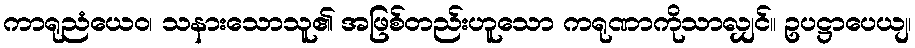
ကာရုညံယေဝ၊ သနားသောသူ၏ အဖြစ်တည်းဟူသော ကရုဏာကိုသာလျှင်။ ဥပဋ္ဌာပေယျ၊